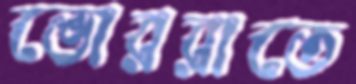
ভোররাতে